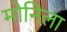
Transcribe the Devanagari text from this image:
मोनिला